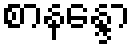
စာနန္ဒော